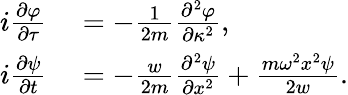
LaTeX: \begin{array}{rl}{i\frac{\partial\varphi}{\partial\tau}}&{{}=-\frac{1}{2m}\frac{\partial^{2}\varphi}{\partial\kappa^{2}},}\\ {i\frac{\partial\psi}{\partial t}}&{{}=-\frac{w}{2m}\frac{\partial^{2}\psi}{\partial x^{2}}+\frac{m\omega^{2}x^{2}\psi}{2w}.}\end{array}